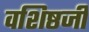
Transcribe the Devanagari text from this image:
वशिष्ठजी